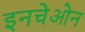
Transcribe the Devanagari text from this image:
इनचेओन